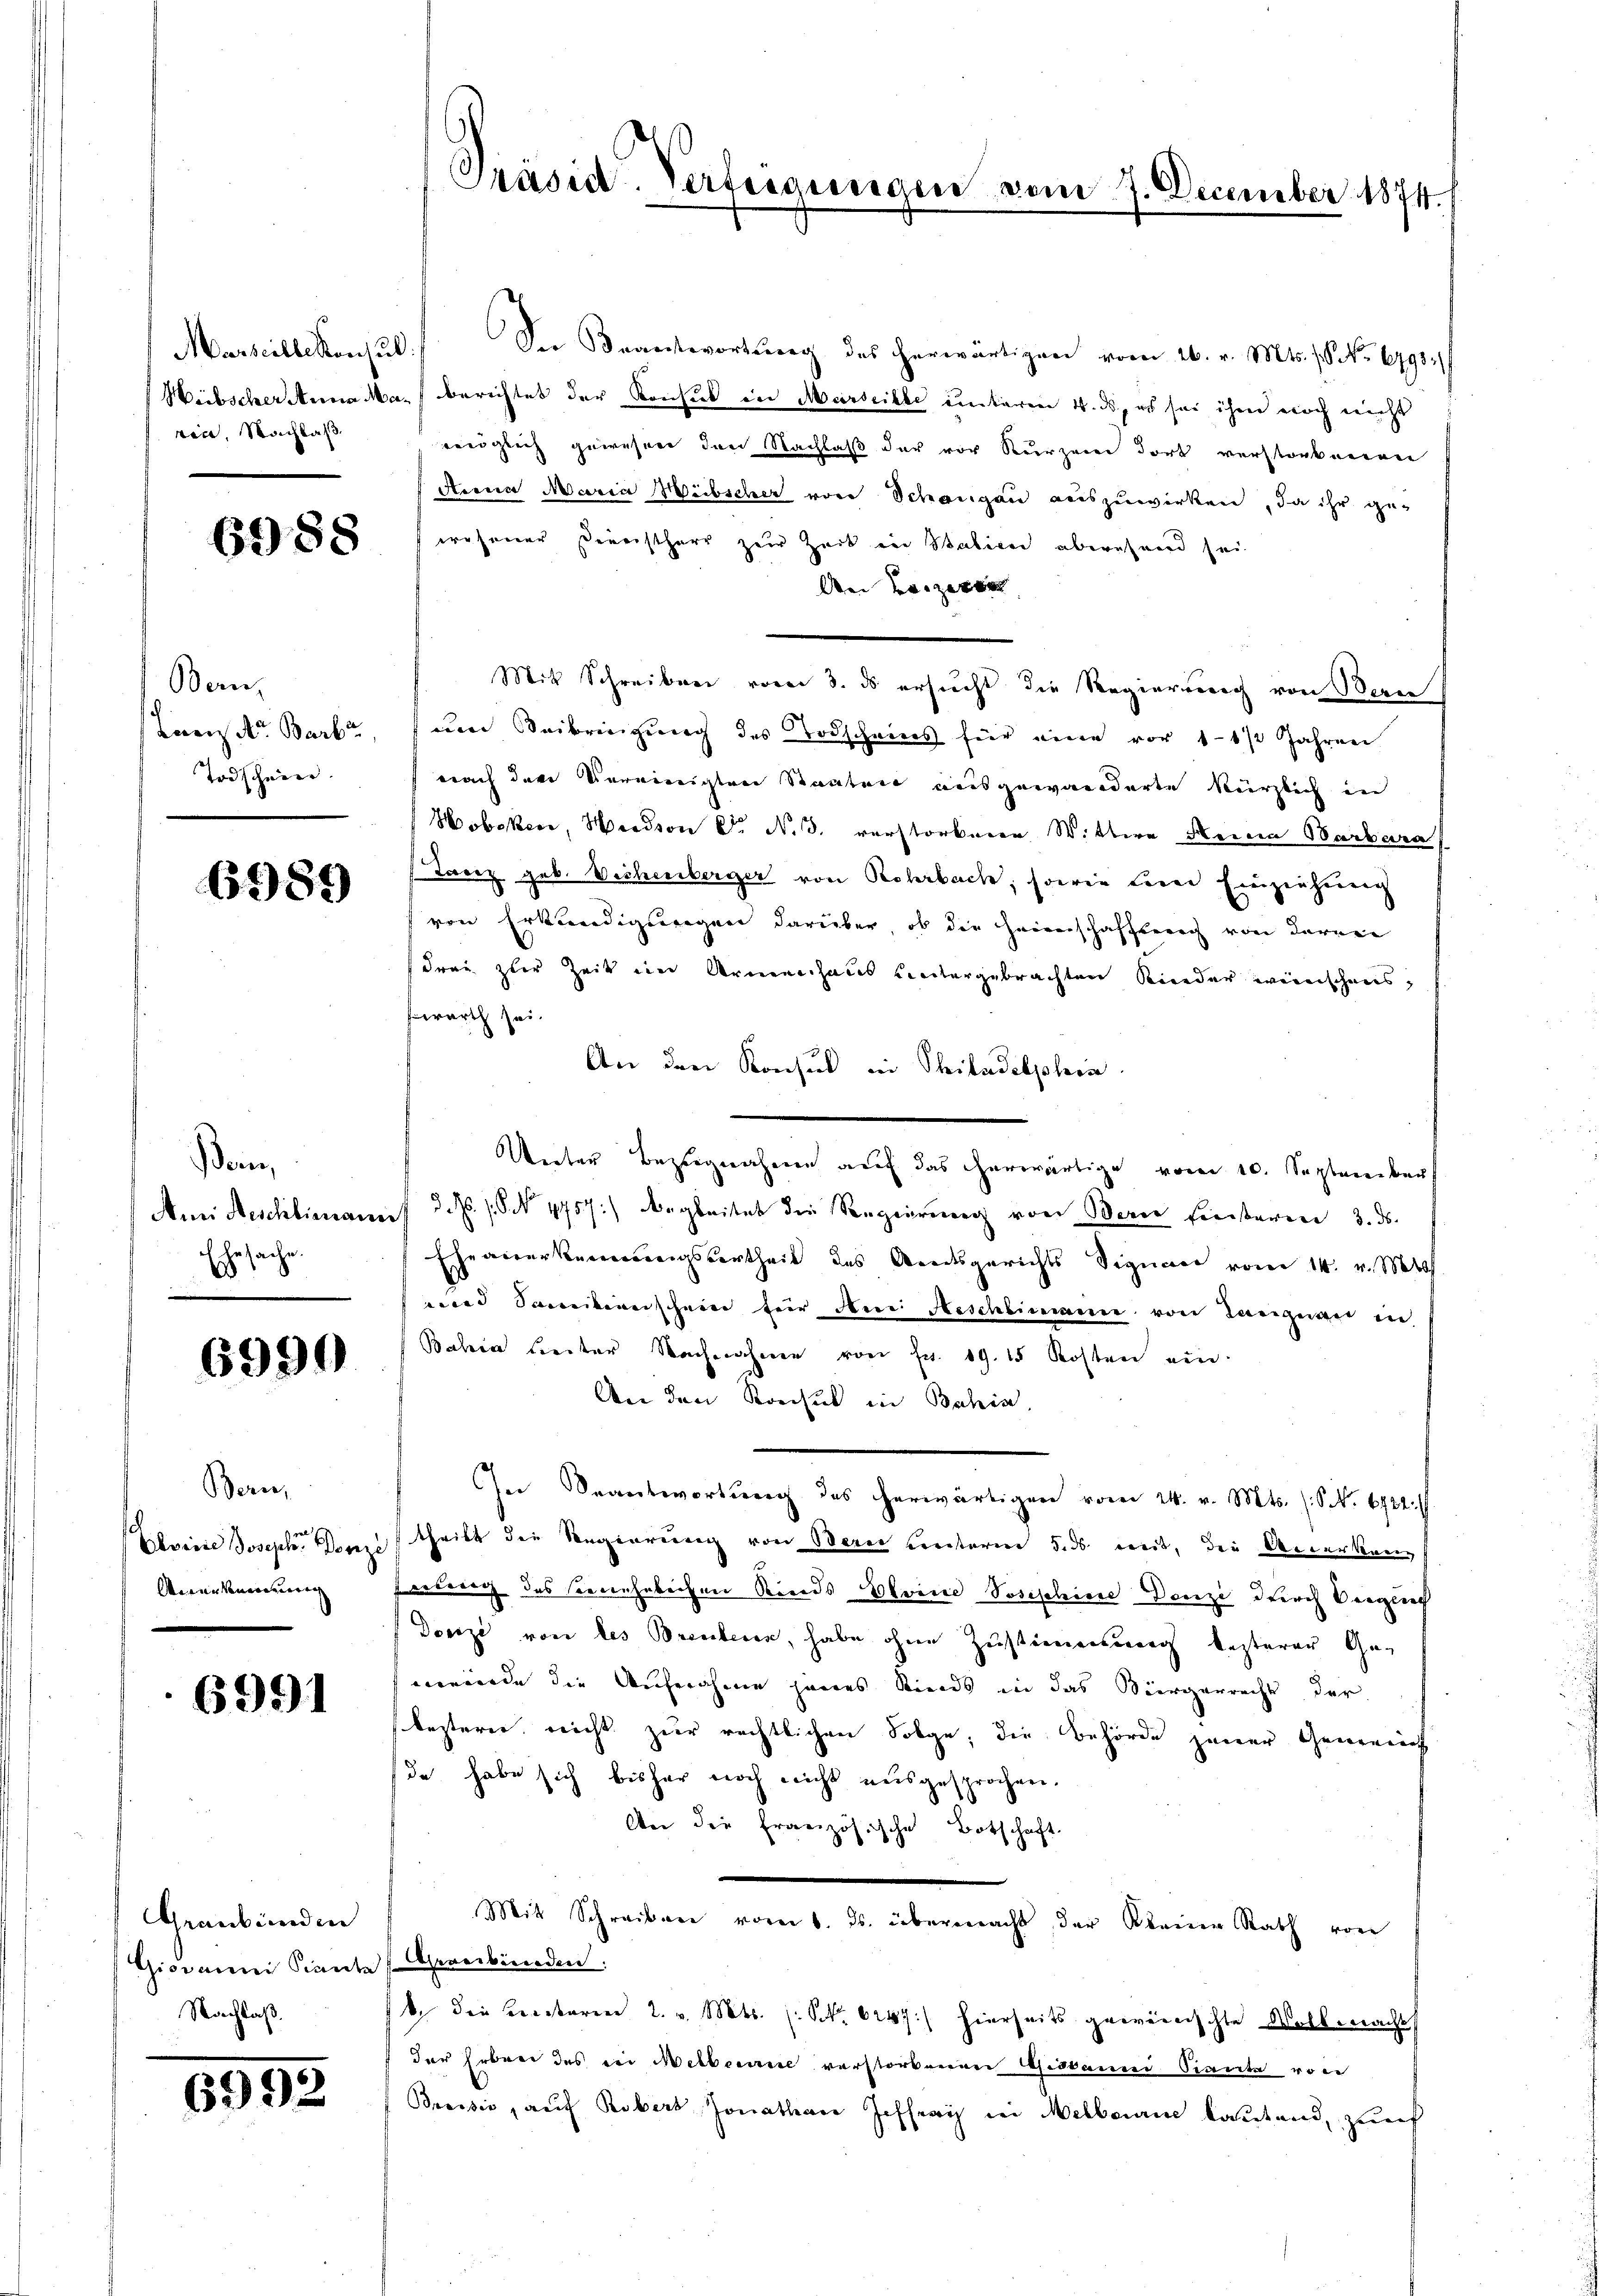
Marseillekonsul
vin, Nachlaß

6988

Bern,
Krenz der Barbu
Todschein.

6989

Pom,
Ami Aeschlimann
sache.
b

6999

Bern,
el
Eloine Joseph. Donz
Arenkenauerng

6991

Graubünden
Giovanni Pranta
Nachlaß.

6993

Präsid. Verfügungen vom 7. December 1874.

Der Beantwortŭng des herwärtigen vom 26. v. Mts. 18. No. 6791/
Weibscher Anna Ma-Berichtet der Konsul in Marseille unterm 4. ds, es sei ihm noch nicht
verglich gewesen den Nachlaß der vor Kurzen dort verstorbneren
Arena Maria Weibscher von Schangen auszuwirken, da ihr ge-
wesener Dereistherr zur Zeit in Babien abwesend sei.
An verzette
Mit Schreiben vom 3. ds ersucht die Regierung von Bern
um Beibringung des Todscheines für eine vor 1 1/2 Jahren
nach der Vereinigten Staaten ausgewanderte kürzlich in
Hobeken, Handson C. N. 3. verstorbenen Wittwe Feiern Barbara
Tanz geb. Viehenberger von Rohrbach, sowie feier Einziehung
von Erkundigungen darüber, ob die Heimschafftung von deren
Frau zur Zeit in Armenhaus untergebrachten Kinder weinschens,
swarth sei.
An den Konsul in Philadelphin
Unter Bezugnahmen auf das herwärtige vom 10. September
S.N. 1. No 4757.) Begleitet die Regierung von Bern finsteren 3. ds.
Ehe anerkennungsurtheil des Amtsgerichts Signan vom 14. v. Mts.
und Sanitionschein für dem Beschlimann von Langnau in
Bahia treiter Nachnahme von Fr. 19. 15 Kosten ein.
An den Rochuk in Bahia,
In Beantwortŭng des herwärtigen vom 24. v. Mts. (S. 6722.
theilt die Regierung von Berei unterm 5. ds weit, die Anerkanz
Verlang des Benehmlichen Kinds Eloine Josischine Danzi durch Vergleich
Donzi von des Bereiteren, habe ohne Zustimmung lezterer Gemeinde die Aufnahme jenes Rinds in das Bürgerrecht der
leztern nicht zur rechtlichen Folge, die Behörde jener Gemeins
da habe sich bisher noch nicht ausgesprochen.
An die französische Botschaft
Mit Schreibere vom 6. ds. übermacht der Kleine Rath von
Aasverbinden.
. die Rectoren 2. v. Mts. (: No 6247) hierseits gewendischte Vollmacht
der Erben des der Melborie verstorbenen Gidkamni Siante von
Breesis, auf Robers Jonathan Jesherig in Melbourne lautend, zunf